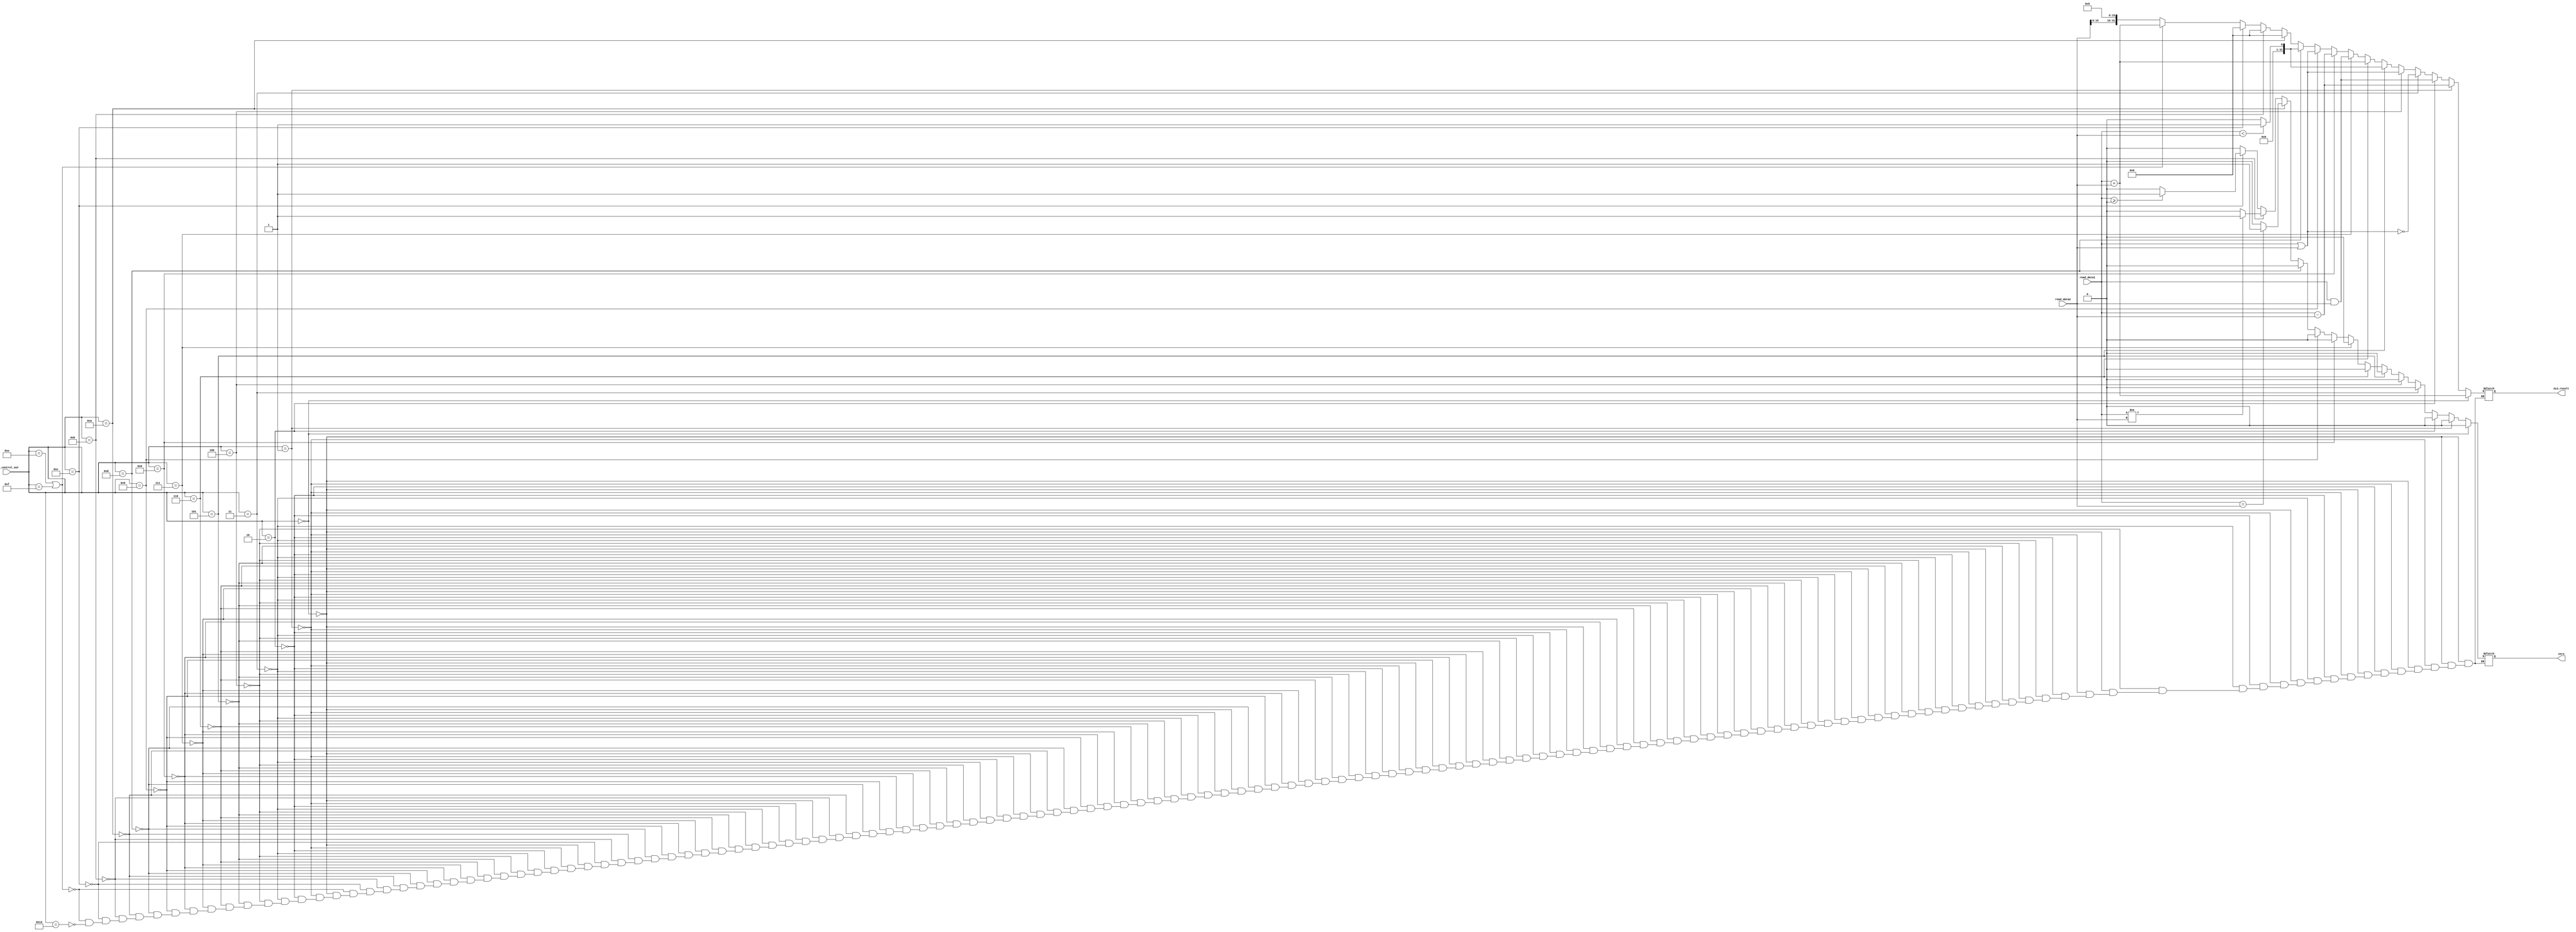
module ALU(read_data1,read_data2,alu_control_out,zero,ALU_result);

input [5:0] alu_control_out;
input [31:0] read_data1,read_data2;
output reg zero;
output reg [31:0] ALU_result;


always@(read_data1,read_data2,alu_control_out)
begin
    if(alu_control_out == 6'b000000)//ADD
        begin
            ALU_result = read_data1 + read_data2;
            zero = 1'b0;
        end
    else if(alu_control_out == 6'b000001)//SUB
        begin
            ALU_result = read_data1 - read_data2;
            zero = 1'b0; 
        end
    else if(alu_control_out == 6'b000010)//AND
        begin
            ALU_result = read_data1 & read_data2;
            zero = 1'b0;

        end
    else if(alu_control_out == 6'b000011)//NOR
        begin
            ALU_result = ~(read_data1 | read_data2);
            zero = 1'b0;
        end
    else if(alu_control_out == 6'b000100)//OR
        begin
            ALU_result = read_data1 | read_data2;        
            zero = 1'b0; 
        end
    else if(alu_control_out == 6'b000101)//SLT
        begin 
            if(read_data1 < read_data2)
                begin 
                    ALU_result = 1;
                    zero = 1'b0;
                end 
            else
                begin
                    ALU_result = 0;
                    zero = 1'b0;
                end                
        end//desde aca vienen los inmediatos  
    else if(alu_control_out == 6'b000110)//ADDI
        begin
            ALU_result = read_data1 + read_data2;
            zero = 1'b0;
        end
    else if(alu_control_out==6'b000111)//ANDI
        begin 
            ALU_result = read_data1 & read_data2;
            zero = 1'b0;
        end  
    else if(alu_control_out==6'b001000)//SUBI
        begin 
            ALU_result = read_data1 - read_data2;
            zero = 1'b0;
        end 
    else if(alu_control_out==6'b001001)//ORI
        begin 
            ALU_result = read_data1 | read_data2;
            zero = 1'b0; 
        end 
    else if(alu_control_out==6'b001101)//SLTI
        begin 
            if(read_data1 < read_data2)
                begin 
                    ALU_result = 1;
                    zero = 1'b0;
                end 
            else
                begin
                    ALU_result = 0;
                    zero = 1'b0;
                end                
        end
    else if(alu_control_out==6'b001010)//BEQ
        begin 
            if(read_data1 == read_data2)
                begin
                    zero = 1'b1;
                    ALU_result = 0;
                end
            else
                begin
                    zero = 1'b0;
                    ALU_result = 0;
                end
        end
    else if(alu_control_out==6'b001011)//BNEQ
        begin 
            if(read_data1 != read_data2)
                begin
                    zero = 1'b1;
                    ALU_result = 0;
                end
            else
                begin
                    zero = 1'b0;
                    ALU_result = 0;
                end
            
        end
    else if(alu_control_out==6'b001100)//BGEZ
        begin 
            if(read_data1 >= 0)
                begin
                    zero = 1'b1;
                    ALU_result = 0;
                end
            else
                begin
                    zero = 1'b0;
                    ALU_result = 0;
                end
        end
    else if(alu_control_out==6'b001110 || alu_control_out==6'b001111 || alu_control_out==010100)//LH,LW,LB
        begin
            zero=1'b0;
            ALU_result=read_data1+read_data2;
        end
    else if(alu_control_out==6'b010011)//LUI
        begin
            zero=1'b0;
            ALU_result= read_data2 << 16;
        end 
    
    
end

endmodule